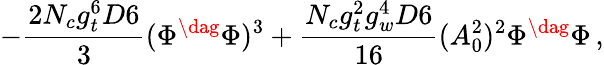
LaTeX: -\frac{2N_{c}g_{t}^{6}D6}{3}(\Phi^{\dag}\Phi)^{3}+\frac{N_{c}g_{t}^{2}g_{w}^{4}D6}{16}(A_{0}^{2})^{2}\Phi^{\dag}\Phi\, ,